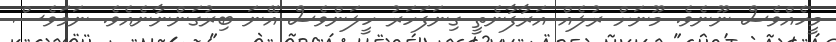
މީހެއްވެސް ނޫނެވެ. މޫނަށް ރުލެއް އަރާފާނެތީ ގިނަފަހަރު ހީލަންވެސް އޭނަ ބިރުގަންނާނެއެވެ. ނަމަވެސް